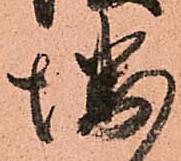
堺